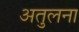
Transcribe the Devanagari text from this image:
अतुलना